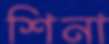
শিনা